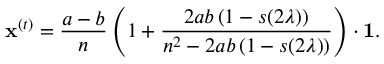
\mathbf { x } ^ { ( t ) } = \frac { a - b } { n } \left( 1 + \frac { 2 a b \, ( 1 - { s ( 2 \lambda ) } ) } { n ^ { 2 } - 2 a b \, ( 1 - { s ( 2 \lambda ) } ) } \right) \cdot \mathbf { 1 } .